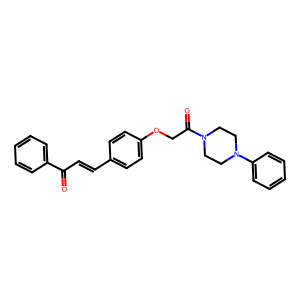
SMILES: O=C(C=Cc1ccc(OCC(=O)N2CCN(c3ccccc3)CC2)cc1)c1ccccc1
Inhibits HIV replication: No